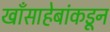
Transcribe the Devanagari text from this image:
खाँसाहेबांकडून